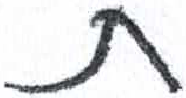
אות: ת